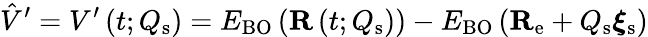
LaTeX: \hat{V}^{\prime}=V^{\prime}\left(t;Q_{\mathrm{s}}\right)=E_{\mathrm{BO}}\left(\mathbf{R}\left(t;Q_{\mathrm{s}}\right)\right)-E_{\mathrm{BO}}\left(\mathbf{R}_{\mathrm{e}}+Q_{\mathrm{s}}\boldsymbol{\xi}_{\mathrm{s}}\right)